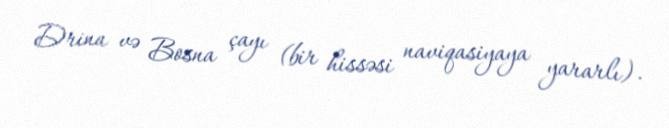
Drina və Bosna çayı (bir hissəsi naviqasiyaya yararlı).